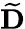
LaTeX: \widetilde{\mathbf{D}}